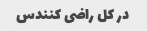
در کل راضی کنندس